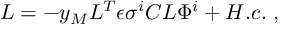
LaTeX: { \cal L } = - y _ { M } L ^ { T } \epsilon \sigma ^ { i } C L \Phi ^ { i } + H . c . \; ,